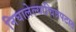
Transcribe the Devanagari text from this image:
निघालेल्याचित्रपटात